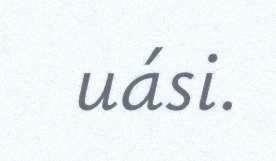
uási.